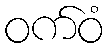
ဝက်ဝံ